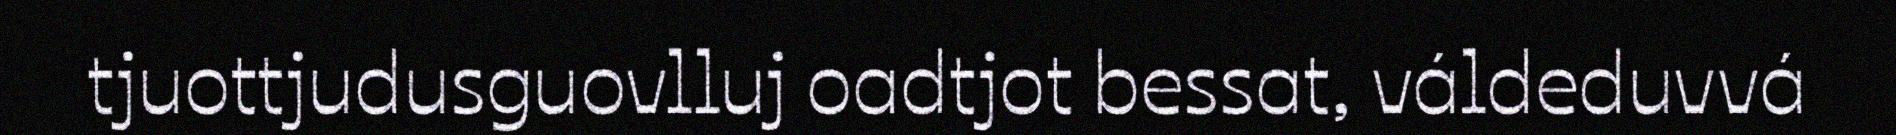
tjuottjudusguovlluj oadtjot bessat, váldeduvvá